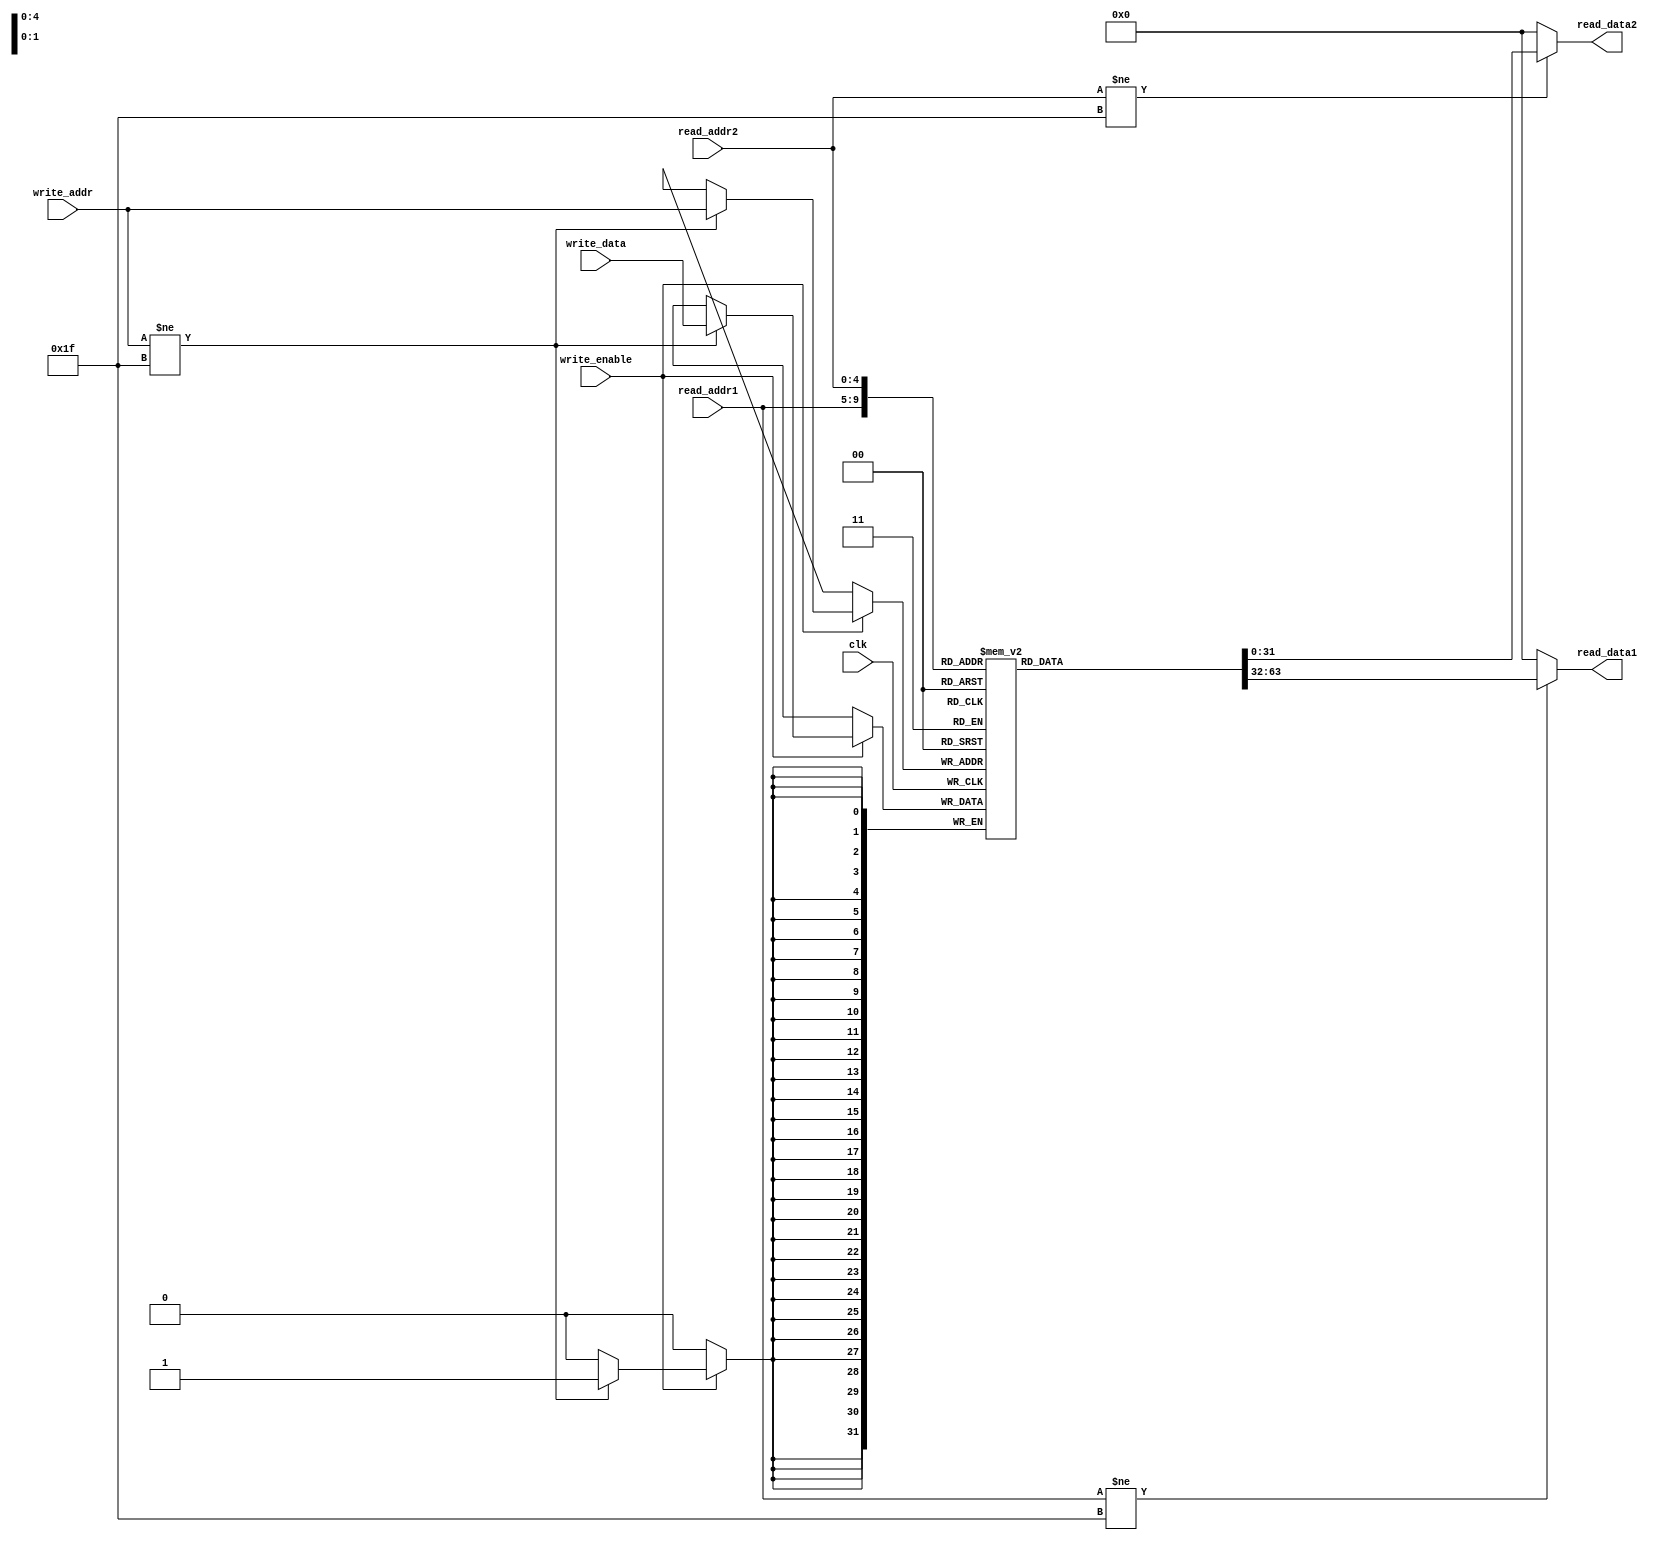
`timescale 1ns / 1ps

module Register_File(
        clk,
        read_addr1,
        read_addr2,
        read_data1,
        read_data2,
        write_addr,
        write_data,
        write_enable
    );

/***************************
******** PARAMETERS ********
***************************/

input wire clk;

input wire [4:0]  read_addr1;
input wire [4:0]  read_addr2;
input wire [4:0]  write_addr;

input wire [31:0] write_data;
input wire        write_enable;

output reg [31:0] read_data1;
output reg [31:0] read_data2;


// REGISTER FILE

reg [31:0] Register_File [31:0]; // 32 - 32 Bit Registers


/*************************
********* LOGIC **********
**************************/


initial
begin
        Register_File[0]=32'h00000000;
        Register_File[1]=32'h00000001;
        Register_File[2]=32'h00000010;
        Register_File[3]=32'h00000100;
        Register_File[4]=32'h00000001;
        Register_File[5]=32'h00000040;
        Register_File[6]=32'h00000200;
        Register_File[7]=32'h0000050;
        Register_File[8]=32'h00000006;
end

always @(read_addr1 or read_addr2)
    begin
    // $display("read_addr1 %d - read_addr2 -%d write_data -%h clk%b",read_addr1,read_addr2,write_data,clk);
    read_data1 = 32'h00000000;
    read_data2 = 32'h00000000;
    if (read_addr1 != 5'b11111) begin
        read_data1 = Register_File[read_addr1];
    end 
    if (read_addr2 != 5'b11111) begin
        read_data2 = Register_File[read_addr2]; 
    end
    
    end
always @(posedge clk)
    begin
    
    if (write_enable) begin
//    $display("write_addr- %d - write_enable -%d write_data -%h clk%b",write_addr,write_enable,write_data,clk);
        if (write_addr != 5'b11111) begin
            Register_File[write_addr] = write_data; 
        end
    end
    $display("REGISTER :: WRITE_ADDRESS = %d  WRITE_ENABLE = %d WRITE_DATA -%h clk%b",write_addr,write_enable,write_data,clk);  
   end
endmodule